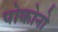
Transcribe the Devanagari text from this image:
पोकोनो